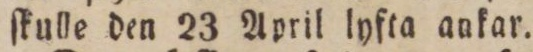
ſkulle den 23 April lyfta ankar.